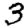
Digit: 3